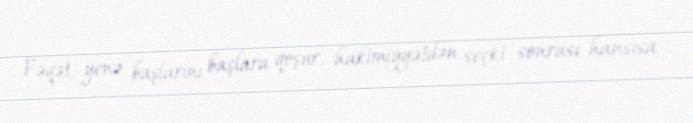
Fəqət, yenə başlarını başlara qoşur, hakimiyyətdən seçki sonrası hansısa